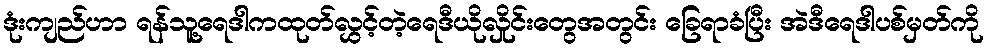
ဒုံးကျည်ဟာ ရန်သူ့ရေဒါကထုတ်လွှင့်တဲ့ရေဒီယိုလှိုင်းတွေအတွင်း ခြေရာခံပြီး အဲဒီရေဒါပစ်မှတ်ကို